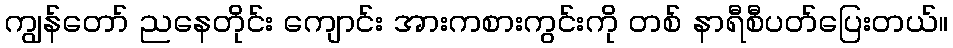
ကျွန်တော် ညနေတိုင်း ကျောင်း အားကစားကွင်းကို တစ် နာရီစီပတ်ပြေးတယ်။